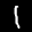
Label: 1